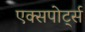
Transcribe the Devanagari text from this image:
एक्सपोर्ट्स